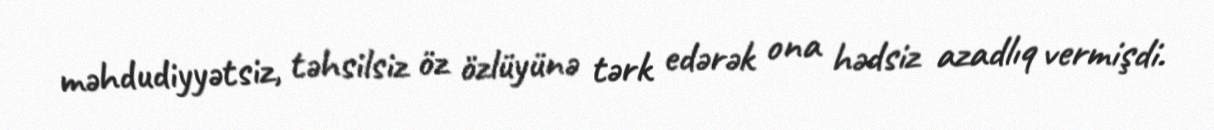
məhdudiyyətsiz, təhsilsiz öz özlüyünə tərk edərək ona hədsiz azadlıq vermişdi.